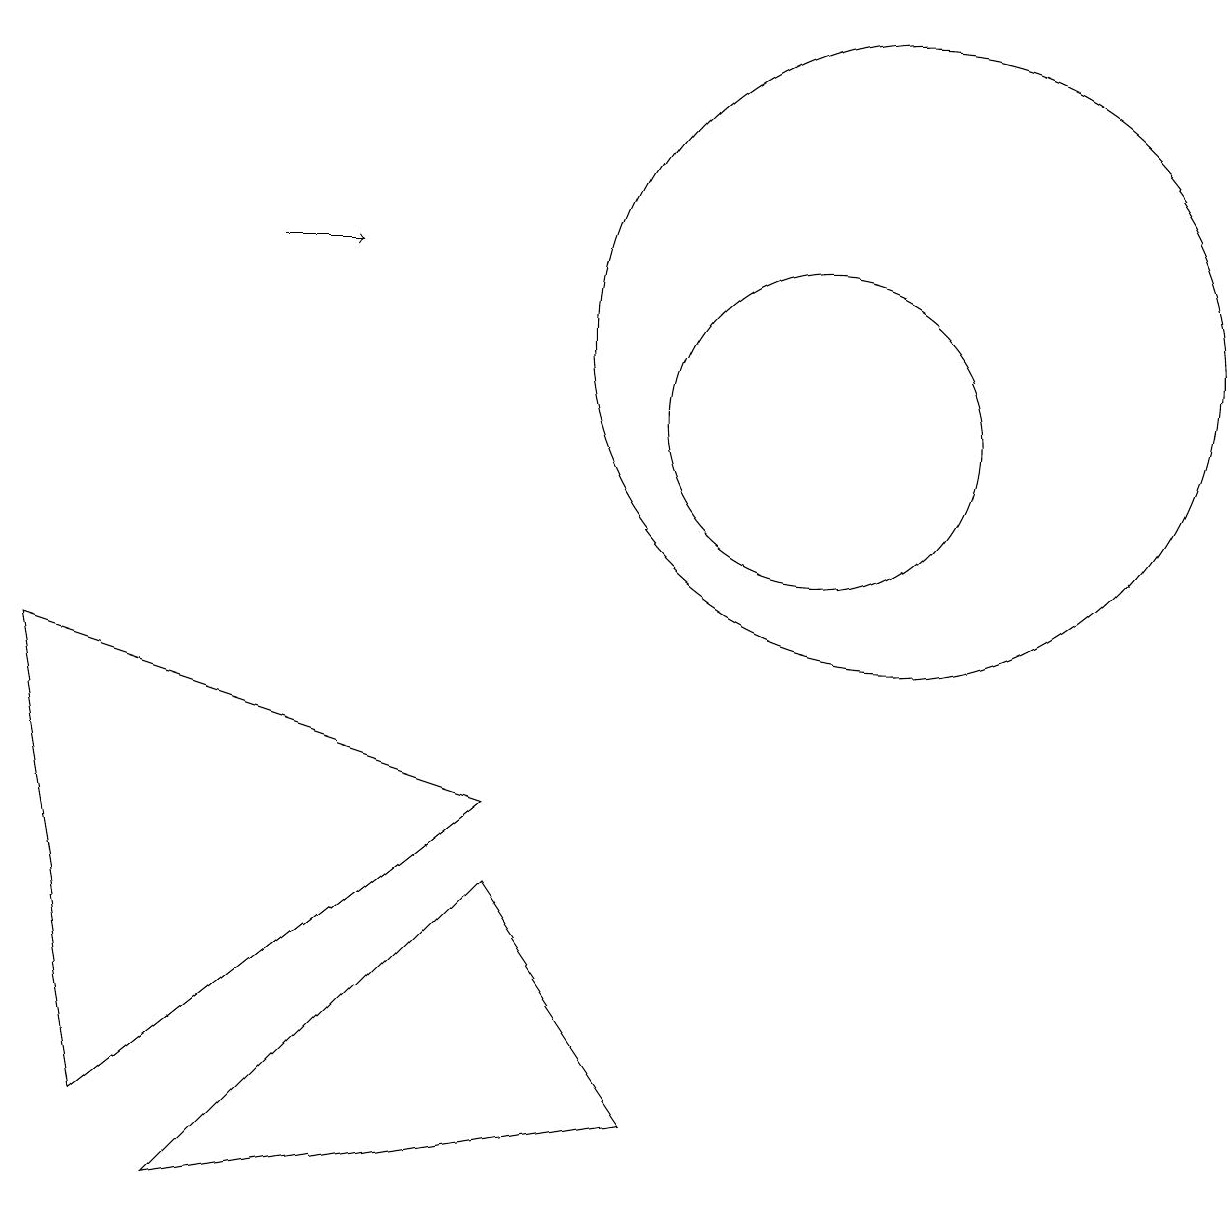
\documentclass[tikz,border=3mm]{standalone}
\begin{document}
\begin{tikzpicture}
\draw (12,11) circle (4);
\draw (7,5) -- (1,7) -- (2,1) -- cycle;
\draw (11,10) circle (2);
\draw[->] (4,12) -- (5,12);
\draw (3,0) -- (7,4) -- (9,1) -- cycle;
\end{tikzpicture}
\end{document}